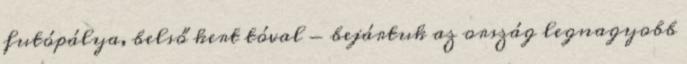
futópálya, belső kert tóval - bejártuk az ország legnagyobb